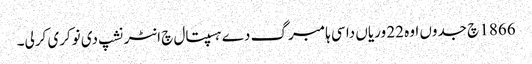
1866 چ جدوں اوہ 22 وریاں دا سی ہامبرگ دے ہسپتال چ انٹرنشپ دی نوکری کرلی۔